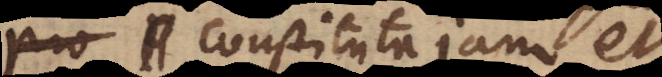
. Constituta jam et